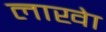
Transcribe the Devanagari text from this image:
लाखेा